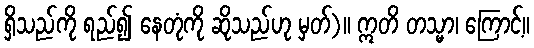
ရှိသည်ကို ရည်၍ နေတုံကို ဆိုသည်ဟု မှတ်)။ ဣတိ တသ္မာ၊ ကြောင့်။